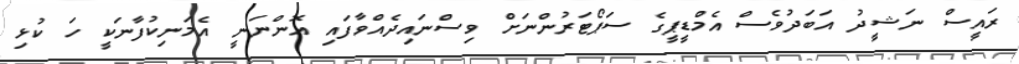
ރައީސް ނަޝީދު އަބަދުވެސް އެމްޑީޕީގެ ސަޕޯޓަރުންނަށް ވިސްނައިދެއްވާފައި އޮންނަނީ އެމަނިކުފާނަކީ ހަ ކުޅި